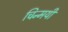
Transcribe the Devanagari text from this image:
चिन्मयी